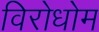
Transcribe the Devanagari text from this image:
विरोधोम